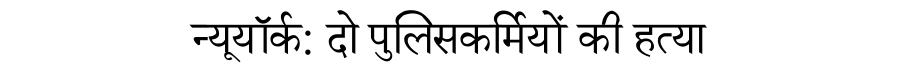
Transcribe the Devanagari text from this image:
न्यूयॉर्क: दो पुलिसकर्मियों की हत्या